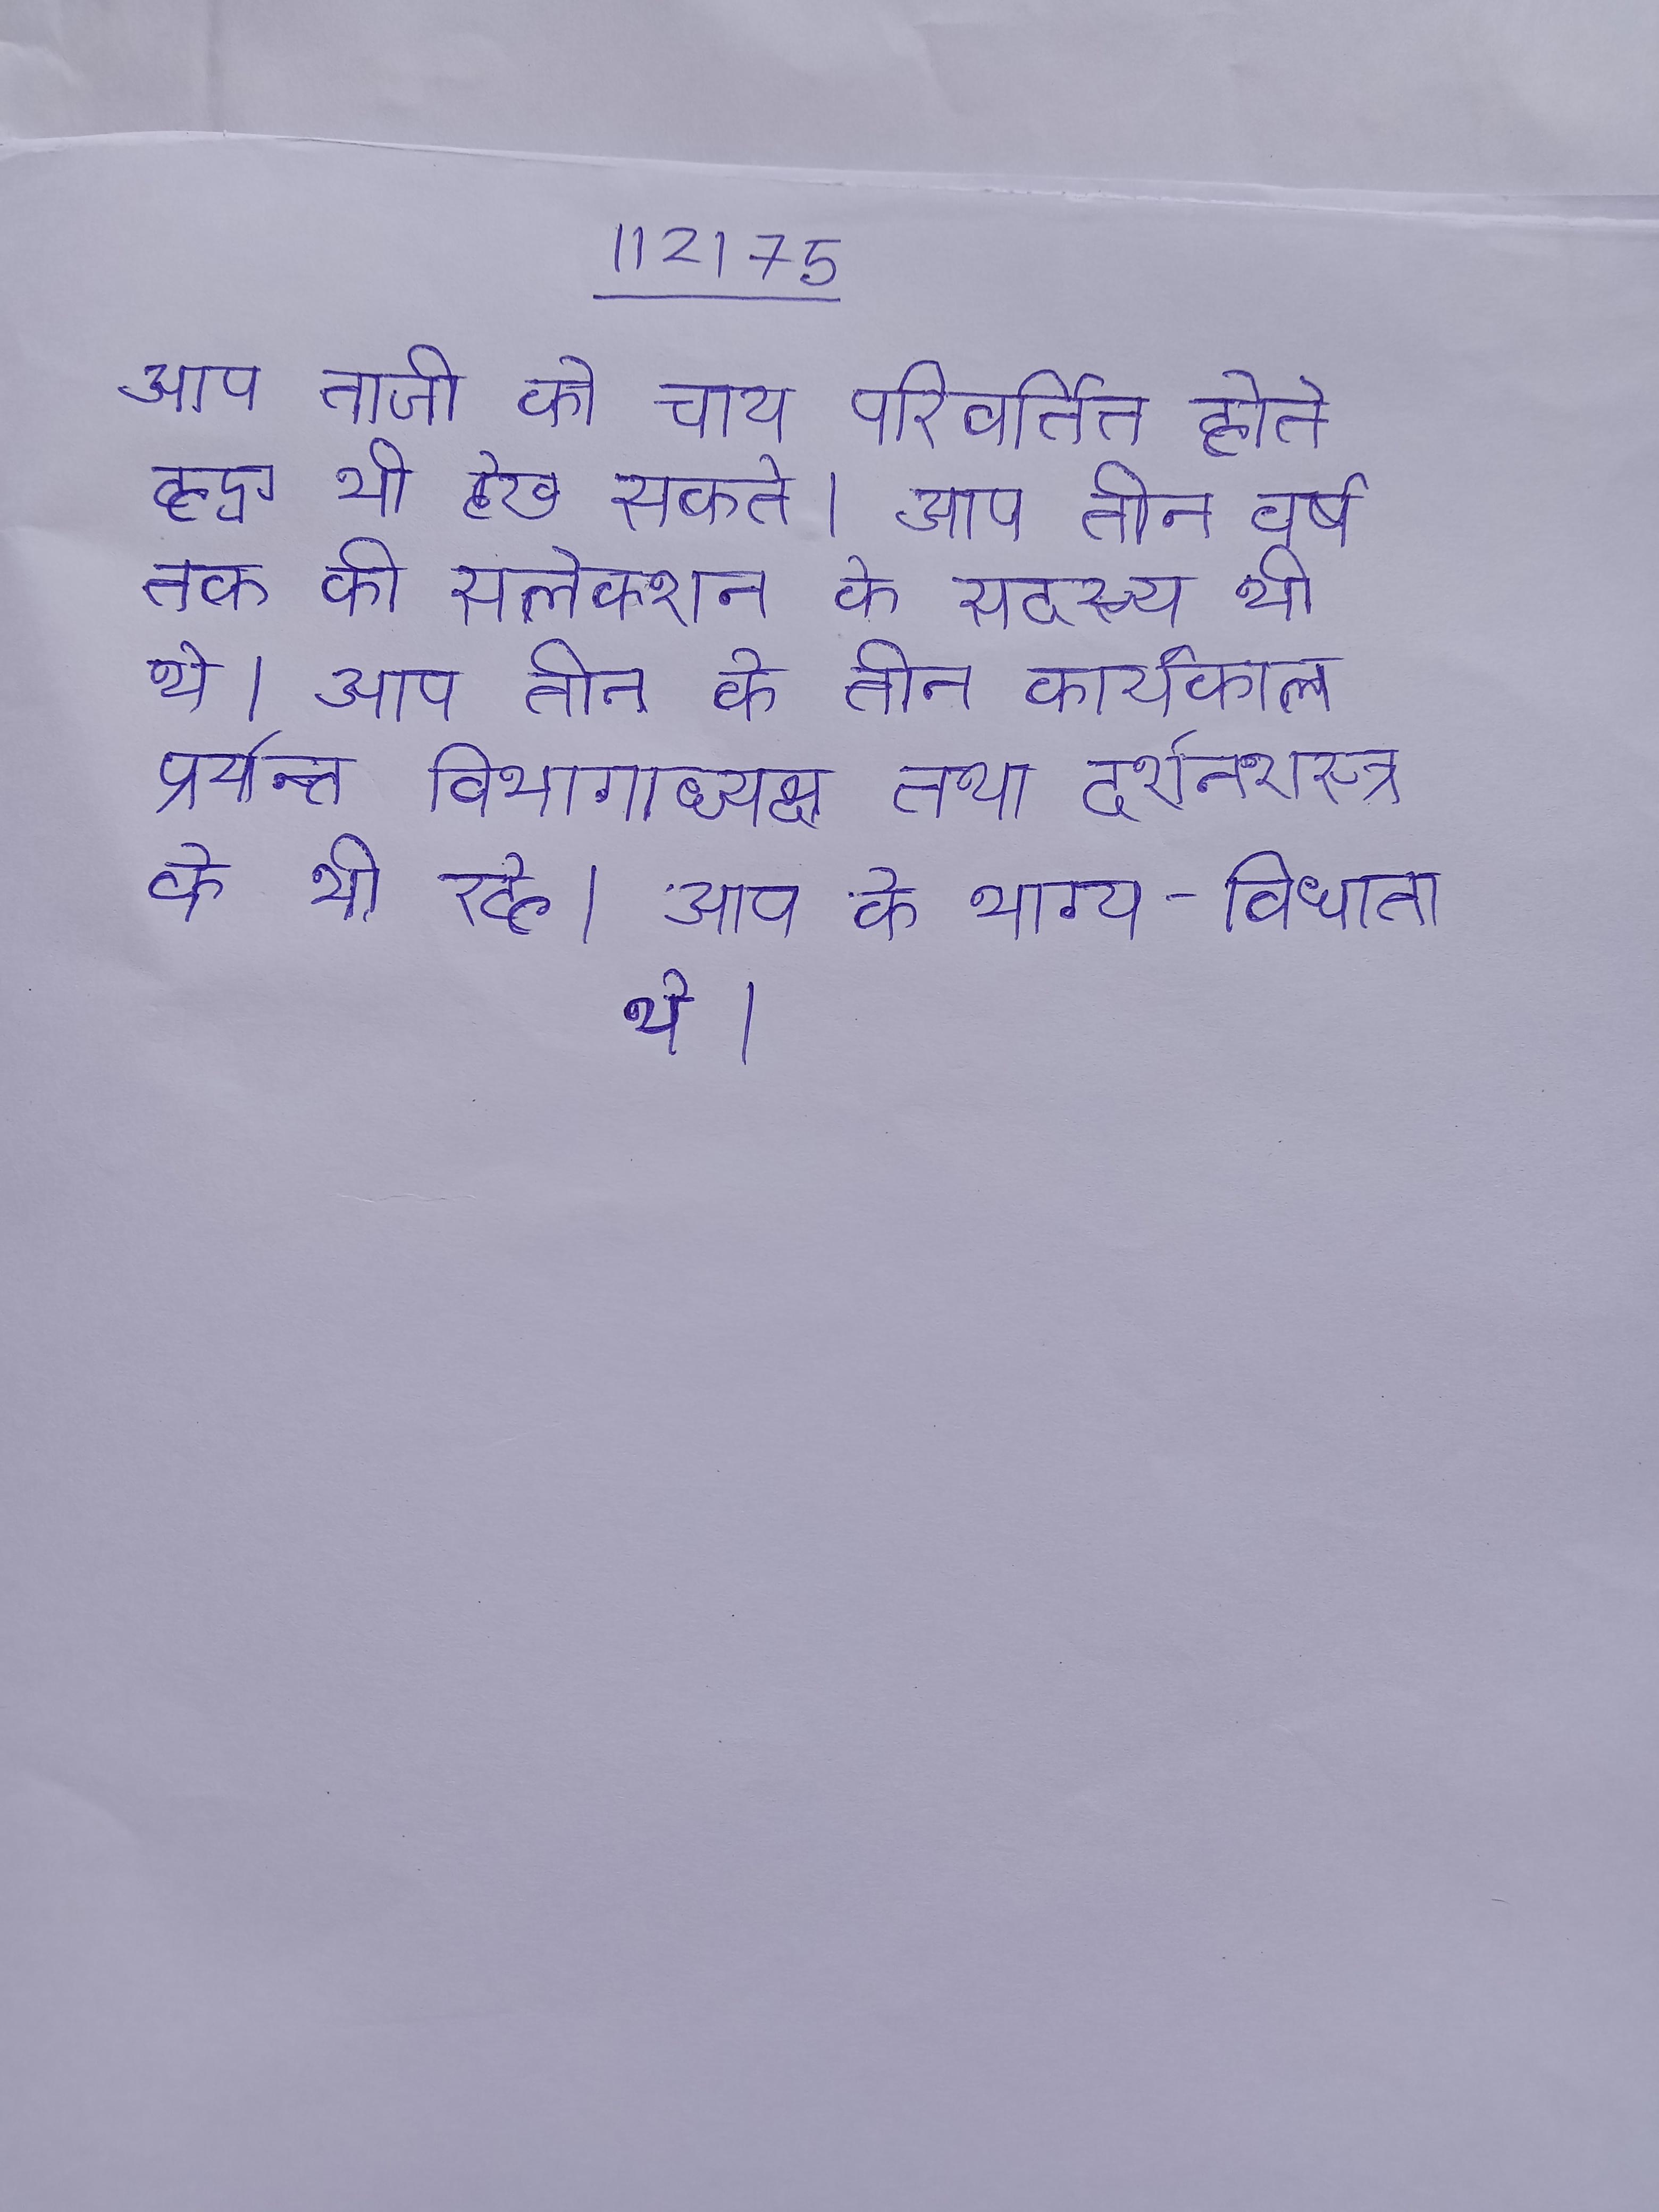
आप ताजी को चाय परिवर्तित होते हुए भी देख सकते । आप तीन वर्ष तक की सलेक्शन के सदस्य भी रहे थे । आप तीन के तीन कार्यकाल पर्यन्त विभागाध्यक्ष तथा दर्शनशास्त्र के भी रहे । आप के भाग्य-विधाता थे ।